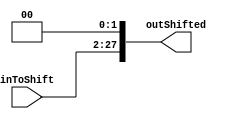
`timescale 1ns/1ns
module shiftLeft2j(
	input[25:0] inToShift,
	output reg[27:0] outShifted 
);

reg[27:0] shiftedBits;

always @ (inToShift) begin
	shiftedBits <= {inToShift, 2'b00};
	outShifted <= shiftedBits[27:0];
end
endmodule //ShiftLeft hacia PC | instrucion j